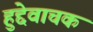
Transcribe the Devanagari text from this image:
हुद्देवाचक